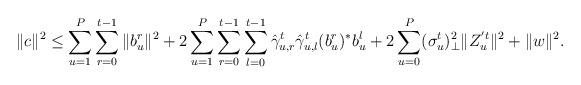
LaTeX: \begin{align*}\|c\|^2 \leq \sum_{u=1}^P \sum_{r=0}^{t-1} \|b_u^r\|^2 + 2\sum_{u=1}^P\sum_{r=0}^{t-1}\sum_{l=0}^{t-1}\hat{\gamma}^t_{u,r}\hat{\gamma}^t_{u,l} (b_u^r)^*b_u^l + 2\sum_{u=0}^P (\sigma_u^t)^2_{\perp} \|Z_u^{'t}\|^2 + \|w\|^2.\end{align*}